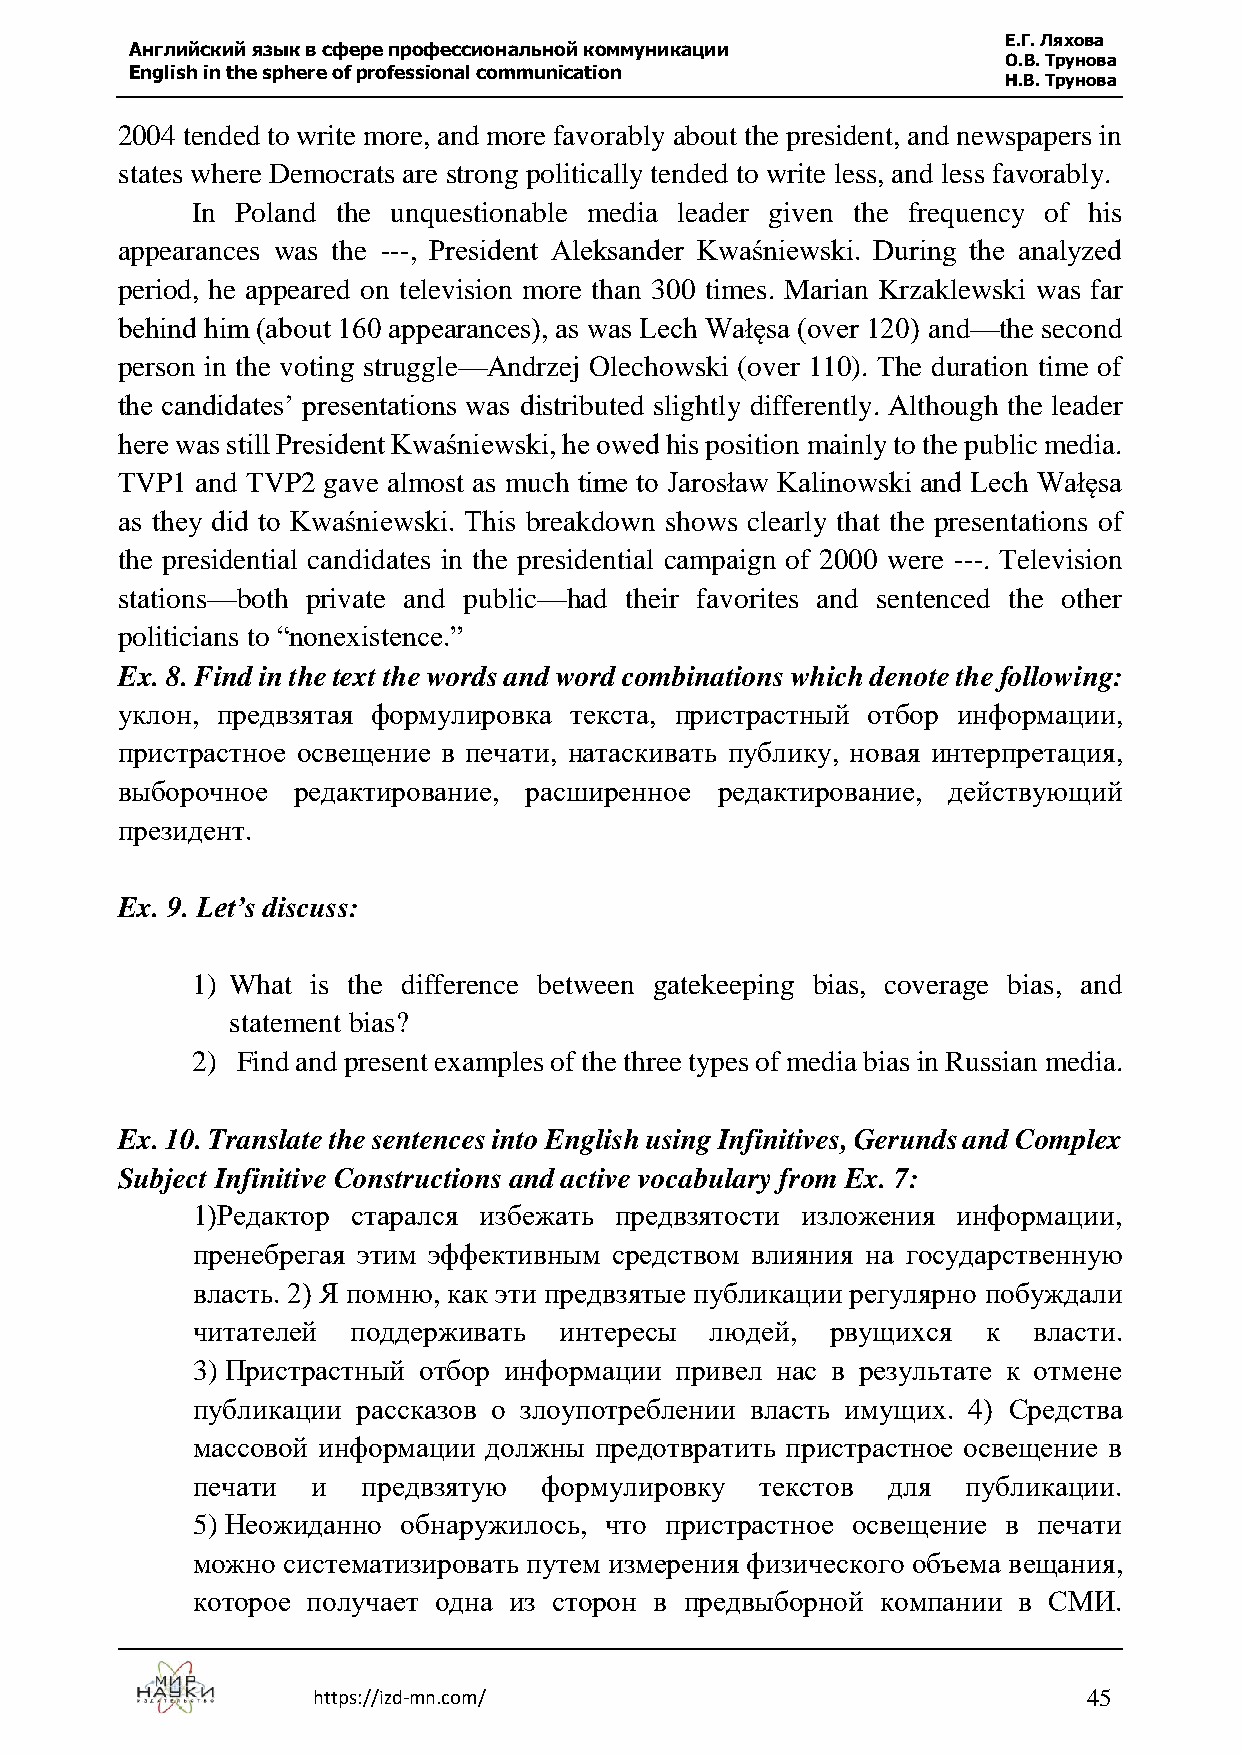
Е.Г. Ляхова
 Английский язык в сфере профессиональной коммуникации
 О.В. Трунова
 English in the sphere of professional communication
 Н.В. Трунова
 2004 tended to write more, and more favorably about the president, and newspapers in
 states where Democrats are strong politically tended to write less, and less favorably.
 In Poland the unquestionable media leader given the frequency of his
 appearances was the ---, President Aleksander Kwaśniewski. During the analyzed
 period, he appeared on television more than 300 times. Marian Krzaklewski was far
 behind him (about 160 appearances), as was Lech Wałęsa (over 120) and—the second
 person in the voting struggle—Andrzej Olechowski (over 110). The duration time of
 the candidates’ presentations was distributed slightly differently. Although the leader
 here was still President Kwaśniewski, he owed his position mainly to the public media.
 TVP1 and TVP2 gave almost as much time to Jarosław Kalinowski and Lech Wałęsa
 as they did to Kwaśniewski. This breakdown shows clearly that the presentations of
 the presidential candidates in the presidential campaign of 2000 were ---. Television
 stations—both private and public—had their favorites and sentenced the other
 politicians to “nonexistence.”
 Ex. 8. Find in the text the words and word combinations which denote the following:
 уклон, предвзятая формулировка текста, пристрастный отбор информации,
 пристрастное освещение в печати, натаскивать публику, новая интерпретация,
 выборочное редактирование, расширенное редактирование, действующий
 президент.
 Ex. 9. Let’s discuss:
 1) What is the difference between gatekeeping bias, coverage bias, and
 statement bias?
 2) Find and present examples of the three types of media bias in Russian media.
 Ex. 10. Translate the sentences into English using Infinitives, Gerunds and Complex
 Subject Infinitive Constructions and active vocabulary from Ex. 7:
 1)Редактор старался избежать предвзятости изложения информации,
 пренебрегая этим эффективным средством влияния на государственную
 власть. 2) Я помню, как эти предвзятые публикации регулярно побуждали
 читателей поддерживать  интересы  людей,  рвущихся  к  власти.
 3) Пристрастный отбор информации привел нас в результате к отмене
 публикации рассказов о злоупотреблении власть имущих. 4) Средства
 массовой информации должны предотвратить пристрастное освещение в
 печати  и  предвзятую  формулировку  текстов  для  публикации.
 5) Неожиданно обнаружилось, что пристрастное освещение в печати
 можно систематизировать путем измерения физического объема вещания,
 которое получает одна из сторон в предвыборной компании в СМИ.
 https://izd-mn.com/                                45